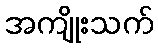
အကျိုးသက်